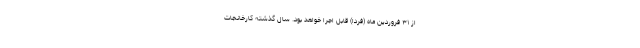
از ۳۱ فروردین ماه (فردا) قابل اجرا خواهد بود. سال گذشته کارخانجات